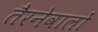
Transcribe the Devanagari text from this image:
तैरनेवालों